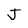
Character: J